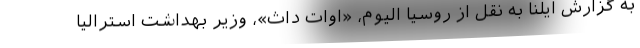
به گزارش ایلنا به نقل از روسیا الیوم، «اوات داث»، وزیر بهداشت استرالیا